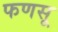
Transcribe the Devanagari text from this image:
फणसू